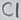
Text: C1